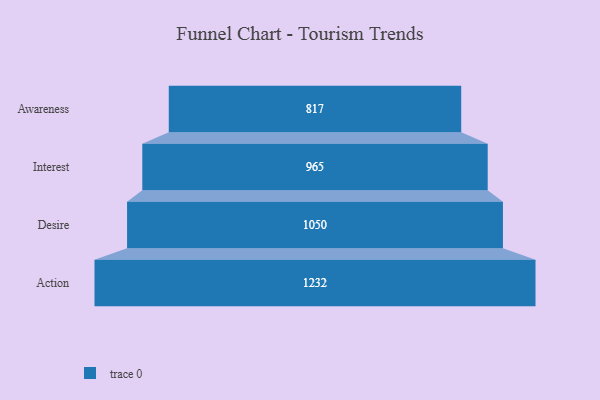
{"axis": {"x": "Stage", "y": "Value"}, "legend": [""], "data": [{"x": "Awareness", "y": 817.0, "type": ""}, {"x": "Interest", "y": 965.0, "type": ""}, {"x": "Desire", "y": 1050.0, "type": ""}, {"x": "Action", "y": 1232.0, "type": ""}]}